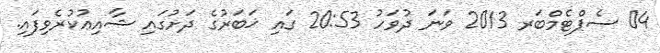
04 ސެޕްޓެމްބަރ 2013 ވަނަ ދުވަހު 20:53 ގައި ޚަބަރުގެ ދަށުގައި ޝާއިޢުކުރެވިފައި.